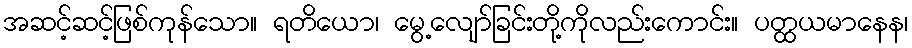
အဆင့်ဆင့်ဖြစ်ကုန်သော။ ရတိယော၊ မွေ့လျော်ခြင်းတို့ကိုလည်းကောင်း။ ပတ္ထယမာနေန၊